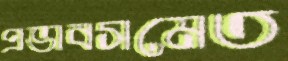
প্রভাবসমেত